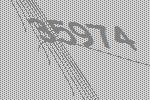
35974